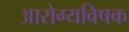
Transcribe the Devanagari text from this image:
आरोग्यविषक